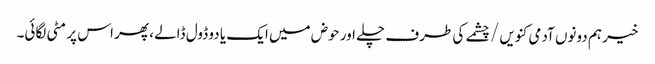
خیر ہم دونوں آدمی کنویں / چشمے کی طرف چلے اور حوض میں ایک یا دو ڈول ڈالے ، پھر اس پر مٹی لگائی۔